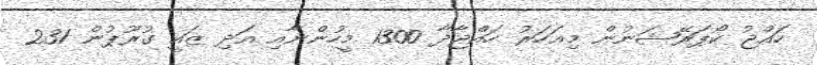
ހައްޖު ކޯޕަރޭޝަނުން މިއަހަރު ހައްޖާދާ 1300 މީހުންނާއި އަދި ޒައީ ގުރޫޕުން 231